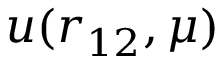
u ( r _ { 1 2 } , \mu )